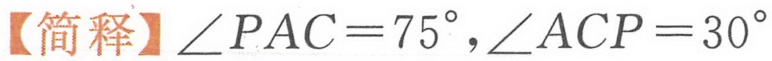
【简释】\(\angle PAC = 75^{\circ},\angle ACP = 30^{\circ}\)